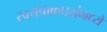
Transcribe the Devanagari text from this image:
स्वयंपाकघरांमध्ये